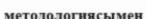
методологиясымен